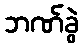
ဘဏ်ခွဲ